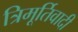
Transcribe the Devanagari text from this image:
त्रिमूर्तिवादी